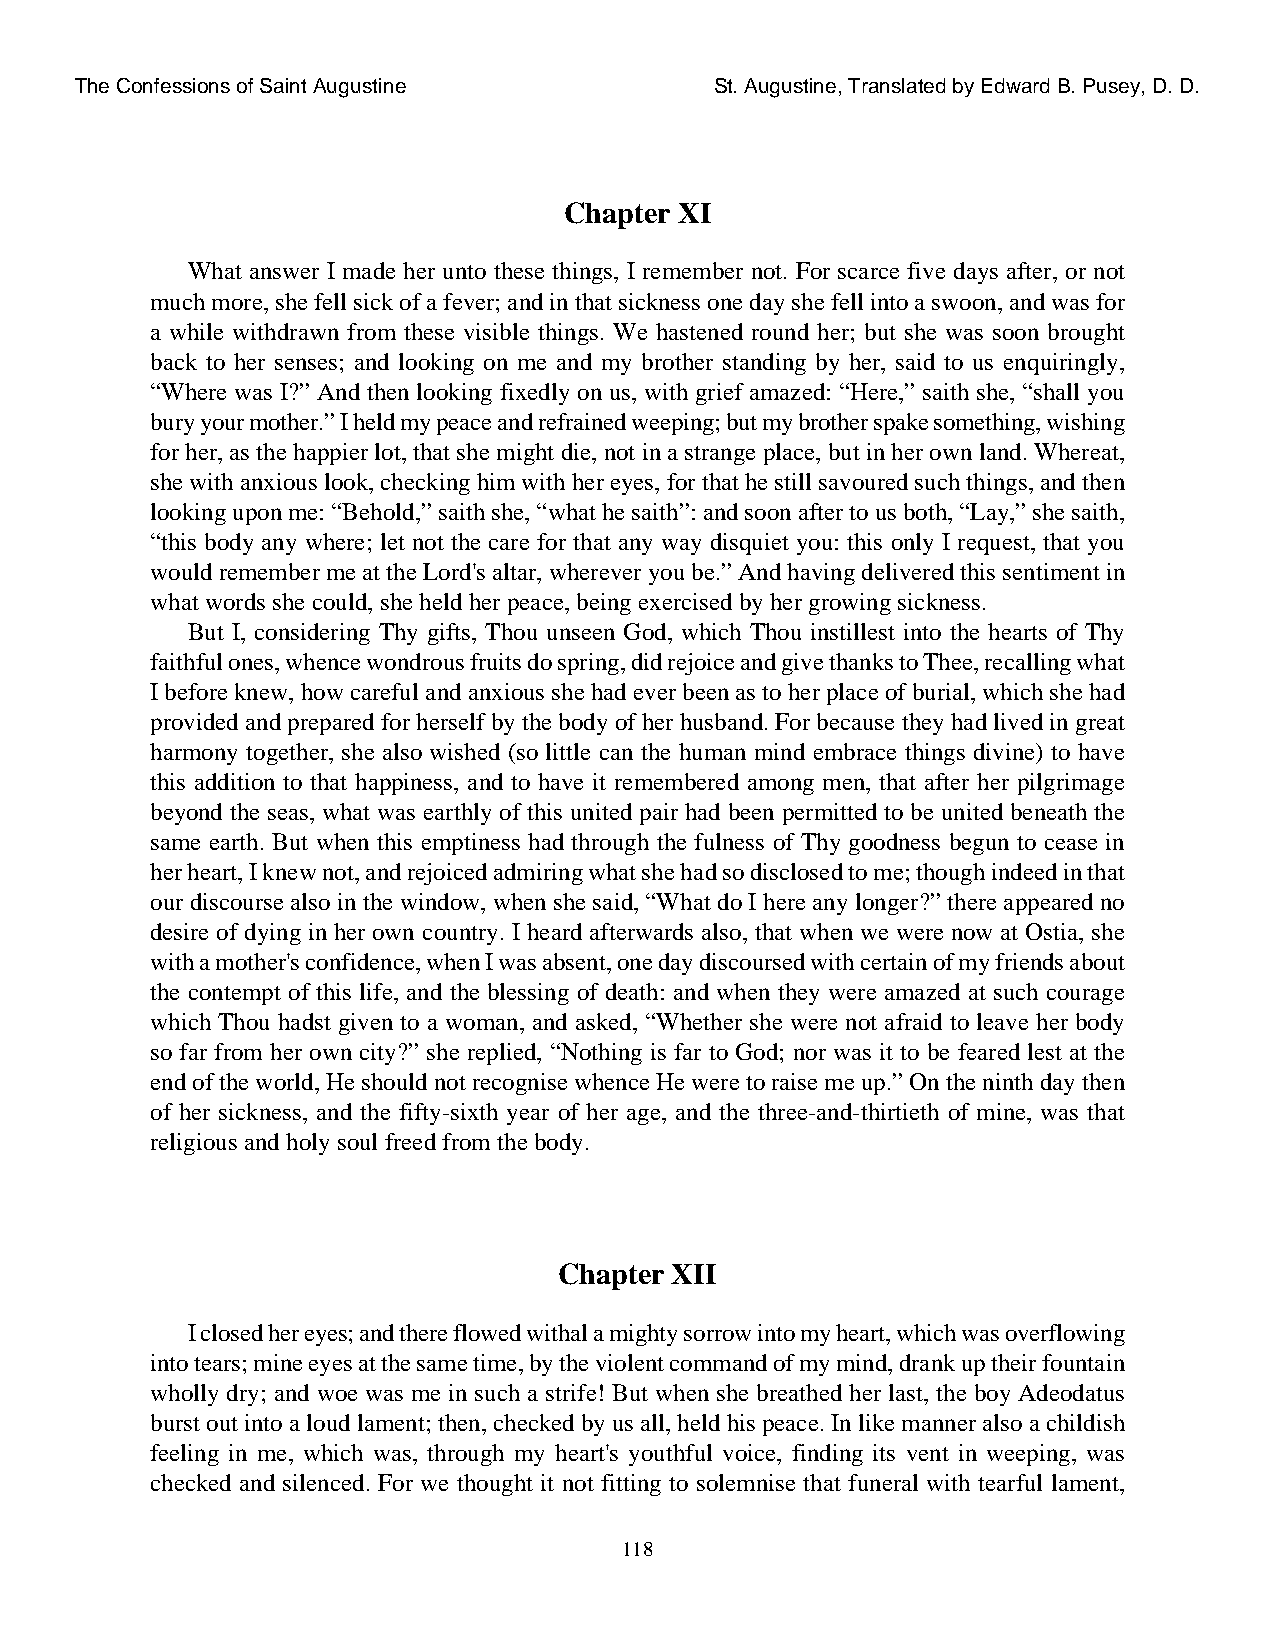
The Confessions of Saint Augustine        St. Augustine, Translated by Edward B. Pusey, D. D.
 Chapter XI
 What answer I made her unto these things, I remember not. For scarce five days after, or not
 much more, she fell sick of a fever; and in that sickness one day she fell into a swoon, and was for
 a while withdrawn from these visible things. We hastened round her; but she was soon brought
 back to her senses; and looking on me and my brother standing by her, said to us enquiringly,
 “Where was I?” And then looking fixedly on us, with grief amazed: “Here,” saith she, “shall you
 bury your mother.” I held my peace and refrained weeping; but my brother spake something, wishing
 for her, as the happier lot, that she might die, not in a strange place, but in her own land. Whereat,
 she with anxious look, checking him with her eyes, for that he still savoured such things, and then
 looking upon me: “Behold,” saith she, “what he saith”: and soon after to us both, “Lay,” she saith,
 “this body any where; let not the care for that any way disquiet you: this only I request, that you
 would remember me at the Lord's altar, wherever you be.” And having delivered this sentiment in
 what words she could, she held her peace, being exercised by her growing sickness.
 But I, considering Thy gifts, Thou unseen God, which Thou instillest into the hearts of Thy
 faithful ones, whence wondrous fruits do spring, did rejoice and give thanks to Thee, recalling what
 I before knew, how careful and anxious she had ever been as to her place of burial, which she had
 provided and prepared for herself by the body of her husband. For because they had lived in great
 harmony together, she also wished (so little can the human mind embrace things divine) to have
 this addition to that happiness, and to have it remembered among men, that after her pilgrimage
 beyond the seas, what was earthly of this united pair had been permitted to be united beneath the
 same earth. But when this emptiness had through the fulness of Thy goodness begun to cease in
 her heart, I knew not, and rejoiced admiring what she had so disclosed to me; though indeed in that
 our discourse also in the window, when she said, “What do I here any longer?” there appeared no
 desire of dying in her own country. I heard afterwards also, that when we were now at Ostia, she
 with a mother's confidence, when I was absent, one day discoursed with certain of my friends about
 the contempt of this life, and the blessing of death: and when they were amazed at such courage
 which Thou hadst given to a woman, and asked, “Whether she were not afraid to leave her body
 so far from her own city?” she replied, “Nothing is far to God; nor was it to be feared lest at the
 end of the world, He should not recognise whence He were to raise me up.” On the ninth day then
 of her sickness, and the fifty-sixth year of her age, and the three-and-thirtieth of mine, was that
 religious and holy soul freed from the body.
 Chapter XII
 I closed her eyes; and there flowed withal a mighty sorrow into my heart, which was overflowing
 into tears; mine eyes at the same time, by the violent command of my mind, drank up their fountain
 wholly dry; and woe was me in such a strife! But when she breathed her last, the boy Adeodatus
 burst out into a loud lament; then, checked by us all, held his peace. In like manner also a childish
 feeling in me, which was, through my heart's youthful voice, finding its vent in weeping, was
 checked and silenced. For we thought it not fitting to solemnise that funeral with tearful lament,
 118